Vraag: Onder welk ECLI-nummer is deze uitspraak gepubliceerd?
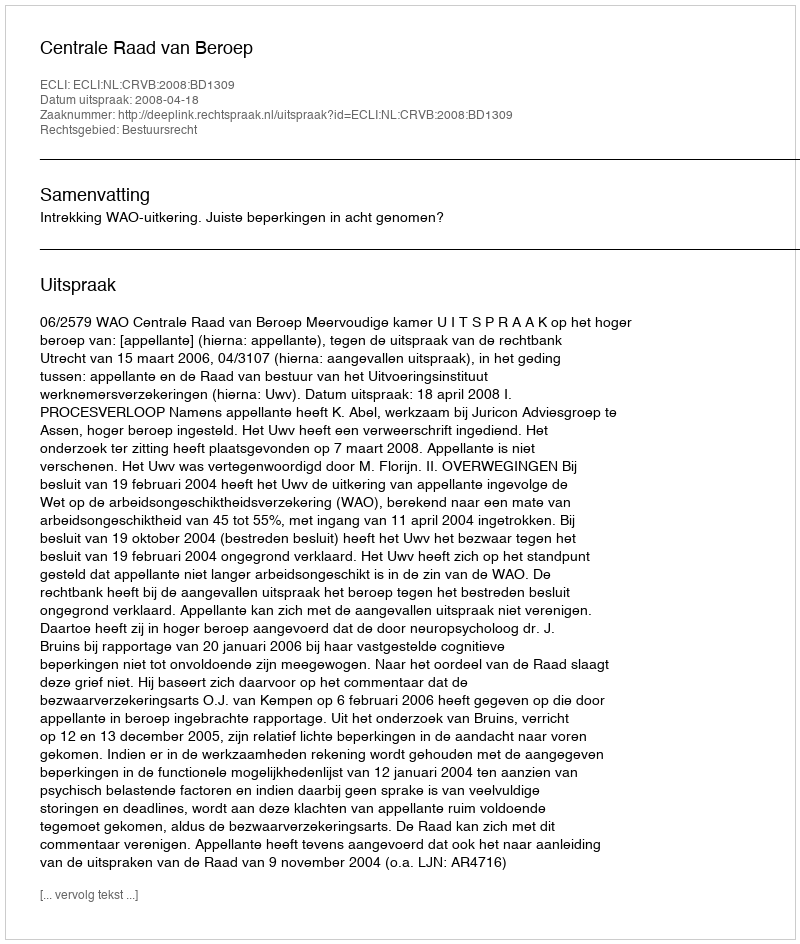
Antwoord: ECLI:NL:CRVB:2008:BD1309